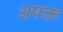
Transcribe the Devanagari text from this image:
अषक्त